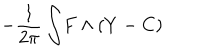
LaTeX: - { \frac { 1 } { 2 \pi } } \int \! F \wedge ( Y - C )